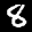
Label: 8